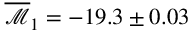
\overline { { \mathcal { M } } } _ { 1 } = - 1 9 . 3 \pm 0 . 0 3